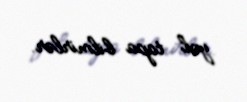
yol tapa bilmirlər.